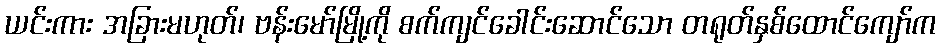
ယင်းကား အခြားမဟုတ်၊ ဗန်းမော်မြို့ကို စက်ကျင်ခေါင်းဆောင်သော တရုတ်နှစ်ထောင်ကျော်က